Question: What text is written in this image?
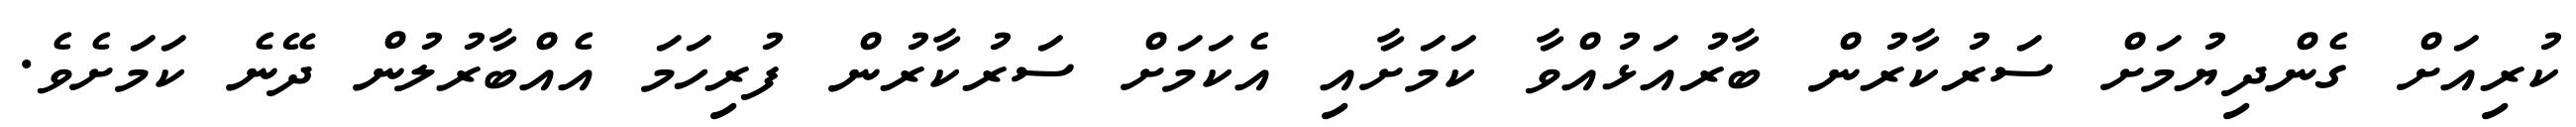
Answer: ކުރިއަށް ގެންދިޔުމަށް ސަރުކާރުން ބާރުއަޅުއްވާ ކަމަށާއި އެކަމަށް ސަރުކާރުން ފުރިހަމަ އެއްބާރުލުން ދޭނެ ކަމަށެވެ.